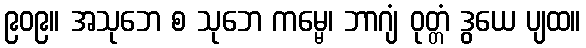
၉၀၉။ အသုဘေ စ သုဘေ ကမ္မေ၊ ဘာဂျံ ဝုတ္တံ ဒွယေ ပျထ။